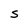
Character: S